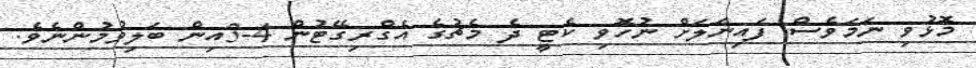
މޮޅުވި ނަމަވެސް ފައިނަލަށް ނުހޮވި ކެޓީ ދެ މެޗުގެ އެގްރިގޭޓުން 4-3އިން ބަލިވުމުންނެވެ.